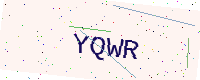
Text: YQWR